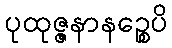
ပုထုဇ္ဇနာနဉ္စေပိ